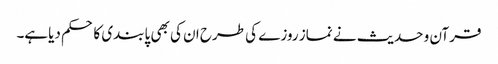
قرآن و حدیث نے نماز روزے کی طرح ان کی بھی پابندی کا حکم دیاہے۔